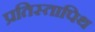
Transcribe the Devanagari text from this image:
प्रतिस्तापिथ